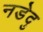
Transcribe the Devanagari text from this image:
नडेदु